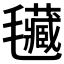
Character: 𣰾